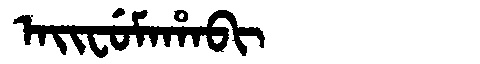
Manchu: ᠠᡳᠸᡠᠮᠠᡥᠠᠪᡳ
Romanization: AIFUMAHABI